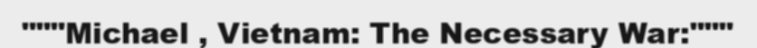
"""Michael , Vietnam: The Necessary War:"""